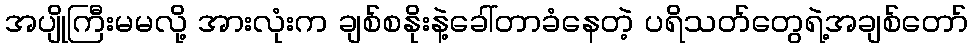
အပျိုကြီးမမလို့ အားလုံးက ချစ်စနိုးနဲ့ခေါ်တာခံနေတဲ့ ပရိသတ်တွေရဲ့အချစ်တော်